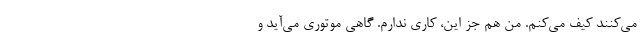
می‌کنند کیف می‌کنم. من هم جز این، کاری ندارم. گاهی موتوری می‌آید و